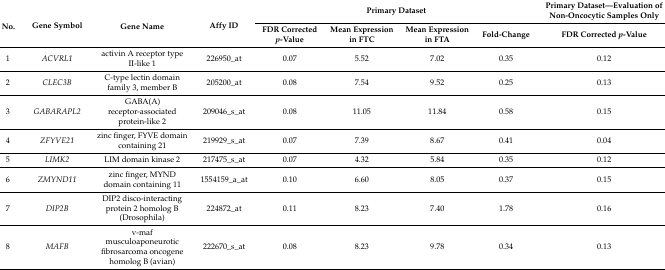
| <ROWSPAN=2> No. | <ROWSPAN=2> Gene Symbol | <ROWSPAN=2> Gene Name | <ROWSPAN=2> Affy ID | <COLSPAN=4> Primary Dataset | Primary Dataset—Evaluation of Non-Oncocytic Samples Only |
 | FDR Corrected p-Value | Mean Expression in FTC | Mean Expression in FTA | Fold-Change | FDR Corrected p-Value |
 | --- | --- | --- | --- | --- | --- | --- | --- | --- |
 | 1 | ACVRL1 | activin A receptor type II-like 1 | 226950_at | 0.07 | 5.52 | 7.02 | 0.35 | 0.12 |
 | 2 | CLEC3B | C-type lectin domain family 3, member B | 205200_at | 0.08 | 7.54 | 9.52 | 0.25 | 0.13 |
 | 3 | GABARAPL2 | GABA(A) receptor-associated protein-like 2 | 209046_s_at | 0.08 | 11.05 | 11.84 | 0.58 | 0.15 |
 | 4 | ZFYVE21 | zinc finger, FYVE domain containing 21 | 219929_s_at | 0.07 | 7.39 | 8.67 | 0.41 | 0.04 |
 | 5 | LIMK2 | LIM domain kinase 2 | 217475_s_at | 0.07 | 4.32 | 5.84 | 0.35 | 0.12 |
 | 6 | ZMYND11 | zinc finger, MYND domain containing 11 | 1554159_a_at | 0.10 | 6.60 | 8.05 | 0.37 | 0.15 |
 | 7 | DIP2B | DIP2 disco-interacting protein 2 homolog B (Drosophila) | 224872_at | 0.11 | 8.23 | 7.40 | 1.78 | 0.16 |
 | 8 | MAFB | v-maf musculoaponeurotic fibrosarcoma oncogene homolog B (avian) | 222670_s_at | 0.08 | 8.23 | 9.78 | 0.34 | 0.13 |